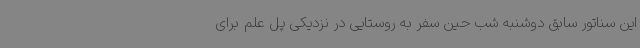
این سناتور سابق دوشنبه شب حین سفر به روستایی در نزدیکی پل علم برای